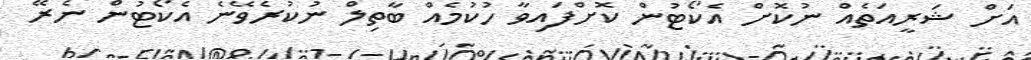
އަށް ޝަރީއަތެއް ނުކޮށް އެކޯޓުން ކޮށްފައިވާ ހުކުމެއް ބާތިލް ނުކުރެވޭނެ އެކޯޓުން ނެރޭ